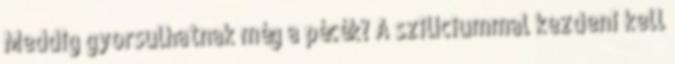
Meddig gyorsulhatnak még a pécék? A szilíciummal kezdeni kell